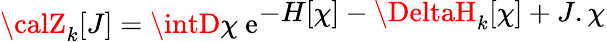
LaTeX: {\calZ}_{k}[J]=\intD\chi\ \mathrm{e}^{\displaystyle-H[\chi]-\DeltaH_{k}[\chi]+J.\chi}